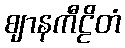
ဈာနကီဠိတံ